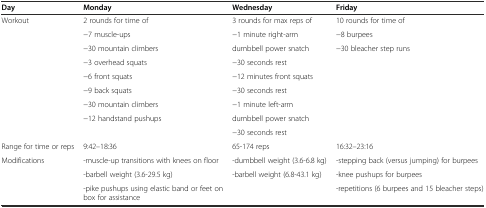
<table><thead><tr><td><b>Day</b></td><td><b>Monday</b></td><td><b>Wednesday</b></td><td><b>Friday</b></td></tr></thead><tbody><tr><td rowspan="9">Workout</td><td>2 rounds for time of</td><td>3 rounds for max reps of</td><td>10 rounds for time of</td></tr><tr><td>-7 muscle-ups</td><td>-1 minute right-arm</td><td>-8 burpees</td></tr><tr><td>-30 mountain climbers</td><td>dumbbell power snatch</td><td>-30 bleacher step runs</td></tr><tr><td>-3 overhead squats</td><td>-30 seconds rest</td><td></td></tr><tr><td>-6 front squats</td><td>-12 minutes front squats</td><td></td></tr><tr><td>-9 back squats</td><td>-30 seconds rest</td><td></td></tr><tr><td>-30 mountain climbers</td><td>-1 minute left-arm</td><td></td></tr><tr><td>-12 handstand pushups</td><td>dumbbell power snatch</td><td></td></tr><tr><td></td><td>-30 seconds rest</td><td></td></tr><tr><td>Range for time or reps</td><td>9:42–18:36</td><td>65-174 reps</td><td>16:32–23:16</td></tr><tr><td rowspan="2">Modifications</td><td>-muscle-up transitions with knees on floor</td><td>-dumbbell weight (3.6-6.8 kg)</td><td>-stepping back (versus jumping) for burpees</td></tr><tr><td>-barbell weight (3.6-29.5 kg)</td><td>-barbell weight (6.8-43.1 kg)</td><td>-knee pushups for burpees</td></tr><tr><td></td><td>-pike pushups using elastic band or feet on box for assistance</td><td></td><td>-repetitions (6 burpees and 15 bleacher steps)</td></tr></tbody></table>